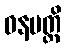
ဓနမတ္ထိ